Rasina_vallavalitsus, lk 59
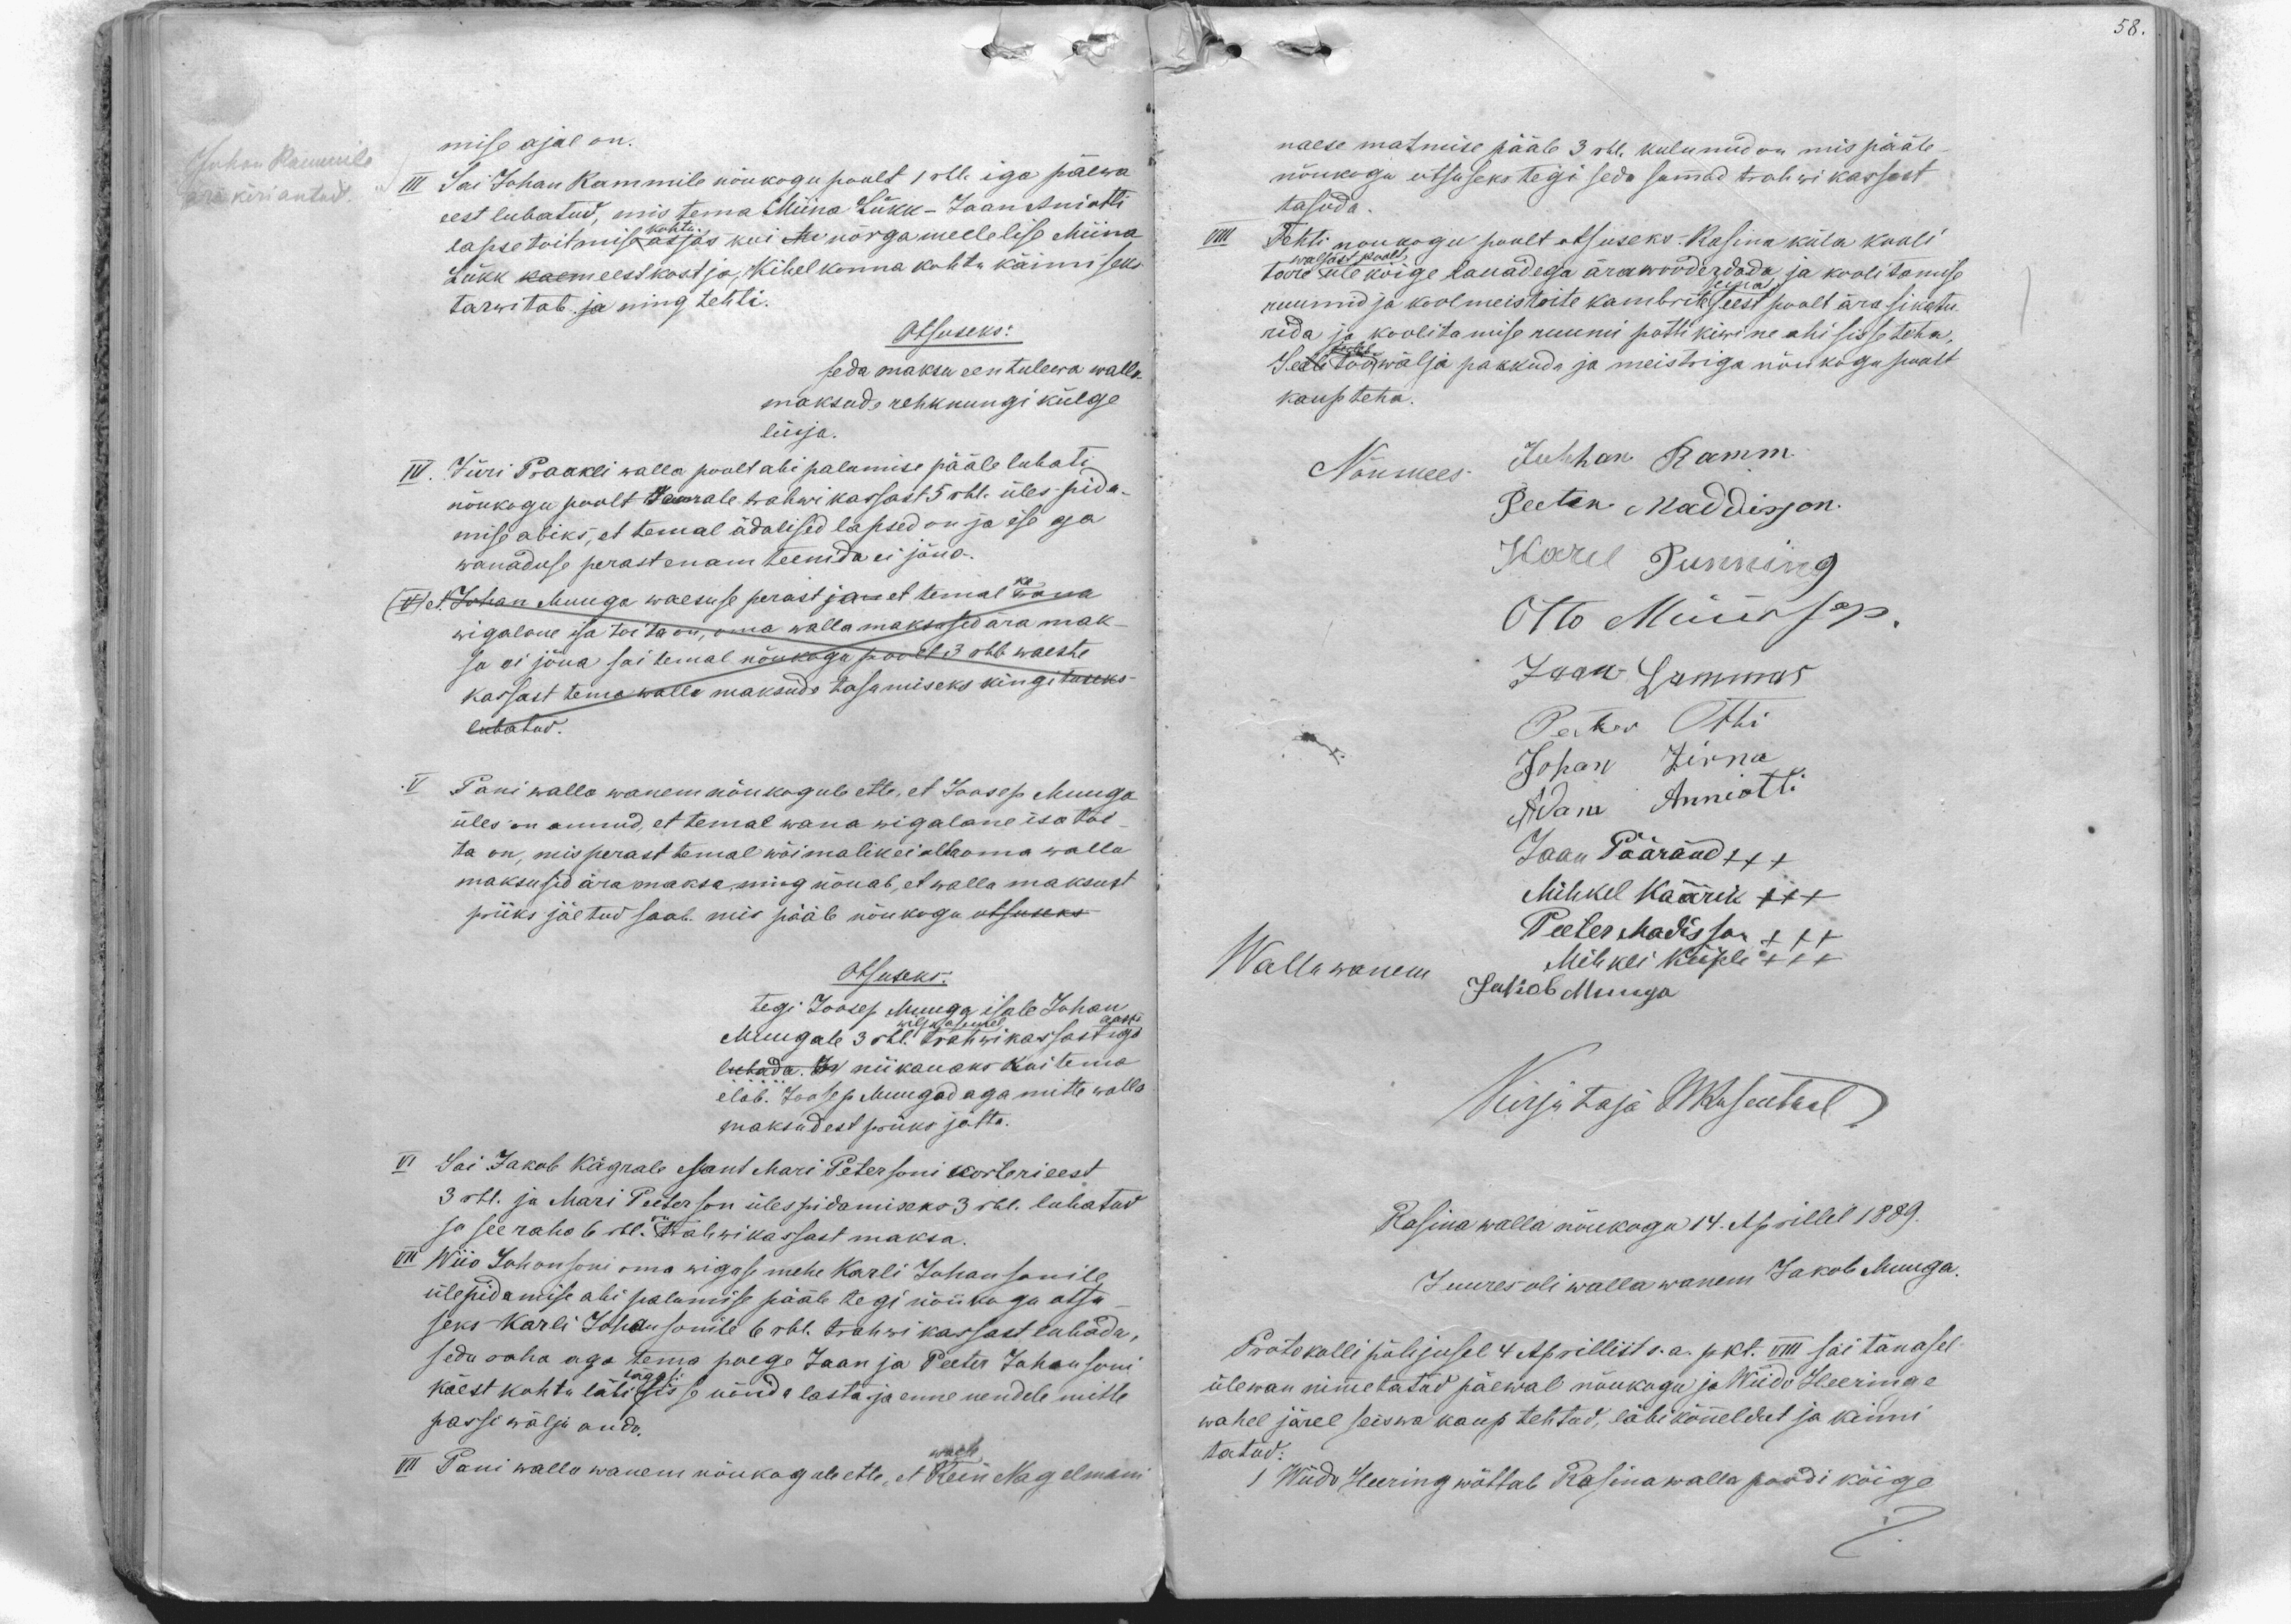
Johan Rammile
ära kiri antud.

58

mise ajal on.
III Sai Johan Rammile nõukogu poolt selle iga päewa
eest lubatud, mis tema Miina Lükk - Jaan Aniotti
kohtu
lapse toitmise asjas kui Me nõrgameelelise Miina
Lükk kaem eestkostja Kihelkonna kohtu käimiseks
tarwitab ja ning tehti.
Otsuseks:
seda maksu eestulewa walla
maksude rehknungi külge.
lüija.
IV. Jüri Praakli walla poolt abi palumise pääle lubati
nõukogu poolt temale trahwi kassast 5 rbl. ülespida
mise abiks, et temal ädalised lapsed on ja ise aga
wanaduse perast enam teenida ei jõua.
V et Johan Muuga waesuse perast jan et temal ka wana
wigalane isa toita on, oma walla maksusid ära mak-
sa ei jõua sai temal nõukogu poolt 3 rbl waeste
kassast tema walla maksude tasumiseks kingituseks
lubatud.
V Pani walla wanem nõukogule ette, et Joosep Muuga
üles on annud, et temal wana wigalane isa toi
ta on, misperast temal wõimalik ei olla oma walla
maksusid ära maksa, ning nõuab, et walla maksust
priiks jäetud saab. mis pääle nõukogu otsuseks
Otsuseks:
tegi Joosep Muuga isale Johan
aasta
Muugale 3 rbl. trahwi kassast iga
wilja xxx
lubada, xx niikauaks kui tema
elab. Joosep Muugad aga mitte walla
maksudest priiks jätta.
VI Sai Jakob Kägrale sant Mari Petersoni korteri eest
3 rbl. ja Mari Peeterson ülespidamiseks 3 rbl. lubatud
ja see raha 6 rbl. on trahwikassast maksa.
VII Wiio Johansoni oma wigase mehe Karli Johansonile
ülepidamise abi palumise pääle tegi nõukogu otsu
seks Karli Johansonile 6 rbl. trahwi kassast lubada
seda raha aga tema poege Jaan ja Peeter Johansoni
tagasi
käest kohtu läbi sisse nõnda lasta ja enne nendele mitte
passi wälja anda.
waese
VII Pani walla wanem nõukogule ette, et Rein Nagelmani

naese matmise pääle 3 rbl. kulunud on mis pääle
nõukogu otsuseks tegi seda summad trahwi kassast
tasuda.
Tehti noukogu poolt otsuseks: Rasina küla kooli
tare üle kõige lauadega ärawooderdada ja koolitamise
wäljast poolt
sein
ruumid ja koolmeistrite kambrite seest poolt ära sikatu-
rida ja koolitamise ruumi pottikiwine ahi sisse teha.
xxx
Selle töö wälja pakkuda ja meistriga nõukogu poolt
kaup teha.
Nõumees Juhhan Ramm
Peeter Maddisson.
Karel Punning
Otto Müürsep.
Jaan Lammas
Peeter Otti
Johan Zirna
Adam Anniotti
Jaan Päärand +++
Mihkel Käärik XXX
Peeter Madisson XXX
Wallawanem Jakob Muuga
Mihkli Kiipli XXX
Kirjutaja WRosentaal
Rasina walla nõukogu 14. Aprillil 1889.
Juures oli walla wanem Jakob Muuga.
Protokolli põhjusel 4 Aprillist s.a. pkt. VIII sai tänasel
ülewan nimetatud päewal nõukogu ja Wiido Heeringe
wahel järel seiswa kaup tehtud, läbi kõneldut ja kinni
tatud:
1 Wiido Heering wõttab Rasina walla poodi kõige